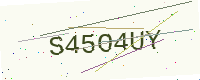
Text: S45O4UY